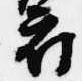
府